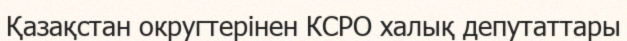
Қазақстан округтерінен КСРО халық депутаттары